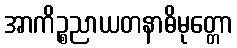
အာကိဉ္စညာယတနာဓိမုတ္တော